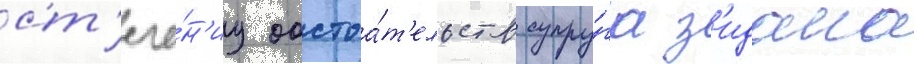
ст'ече́н'иу обстоа́т'ельств супру́га з'идана